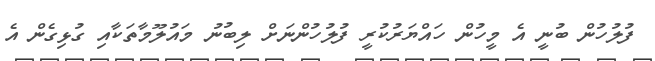
ފުލުހުން ބުނީ އެ މީހުން ހައްޔަރުކުރީ ފުލުހުންނަށް ލިބުނު މައުލޫމާތަކާއި ގުޅިގެން އެ